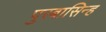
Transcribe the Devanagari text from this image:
पुरबासिन्ह